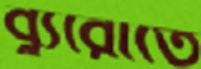
ব্যুরোতে